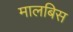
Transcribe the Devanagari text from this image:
मालबिस